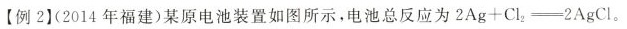
[例2)(2014年福建)某原电池装置如图所示，电池总反应为2Ag+Cl{2}-2AgCl。